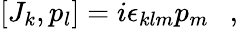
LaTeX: [J_{k},p_{l}]=i\epsilon_{klm}p_{m}~~~,